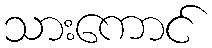
သားကောင်